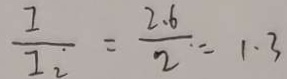
\frac { I } { T _ { i } } = \frac { 2 . 6 } { 2 \cdot } = 1 . 3